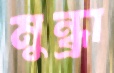
মুন্ধ্রা